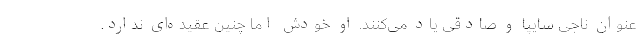
عنوان ناجی سایپا و صادقی یاد می‌کنند. او خودش اما چنین عقیده‌ای ندارد.